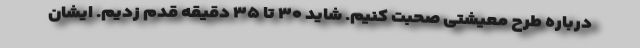
درباره طرح معیشتی صحبت کنیم. شاید ۳۰ تا ۳۵ دقیقه قدم زدیم. ایشان